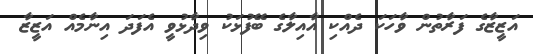
އަޒީޒާގެ ފަރާތުން ވާހަކަ ދެއްކި އާއިލާގެ ބޭފުޅަކު ވިދާޅުވީ އެފަދަ އިނާމެއް އަޒީޒާ